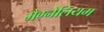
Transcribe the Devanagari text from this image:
मैग्नेलियम